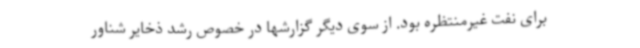
برای نفت غیرمنتظره بود. از سوی دیگر گزارشها در خصوص رشد ذخایر شناور